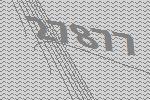
27877